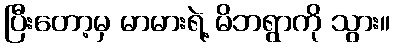
ပြီးတော့မှ မာမားရဲ့ မိဘရွာကို သွား။